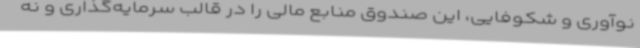
نوآوری و شکوفایی، این صندوق منابع مالی را در قالب سرمایه‌گذاری و نه